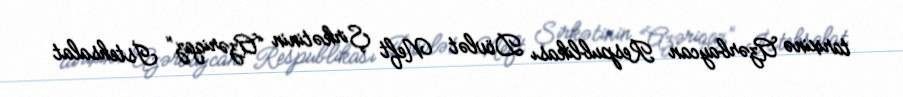
tarixinə Azərbaycan Respublikası Dövlət Neft Şirkətinin “Azəriqaz” İstehsalat